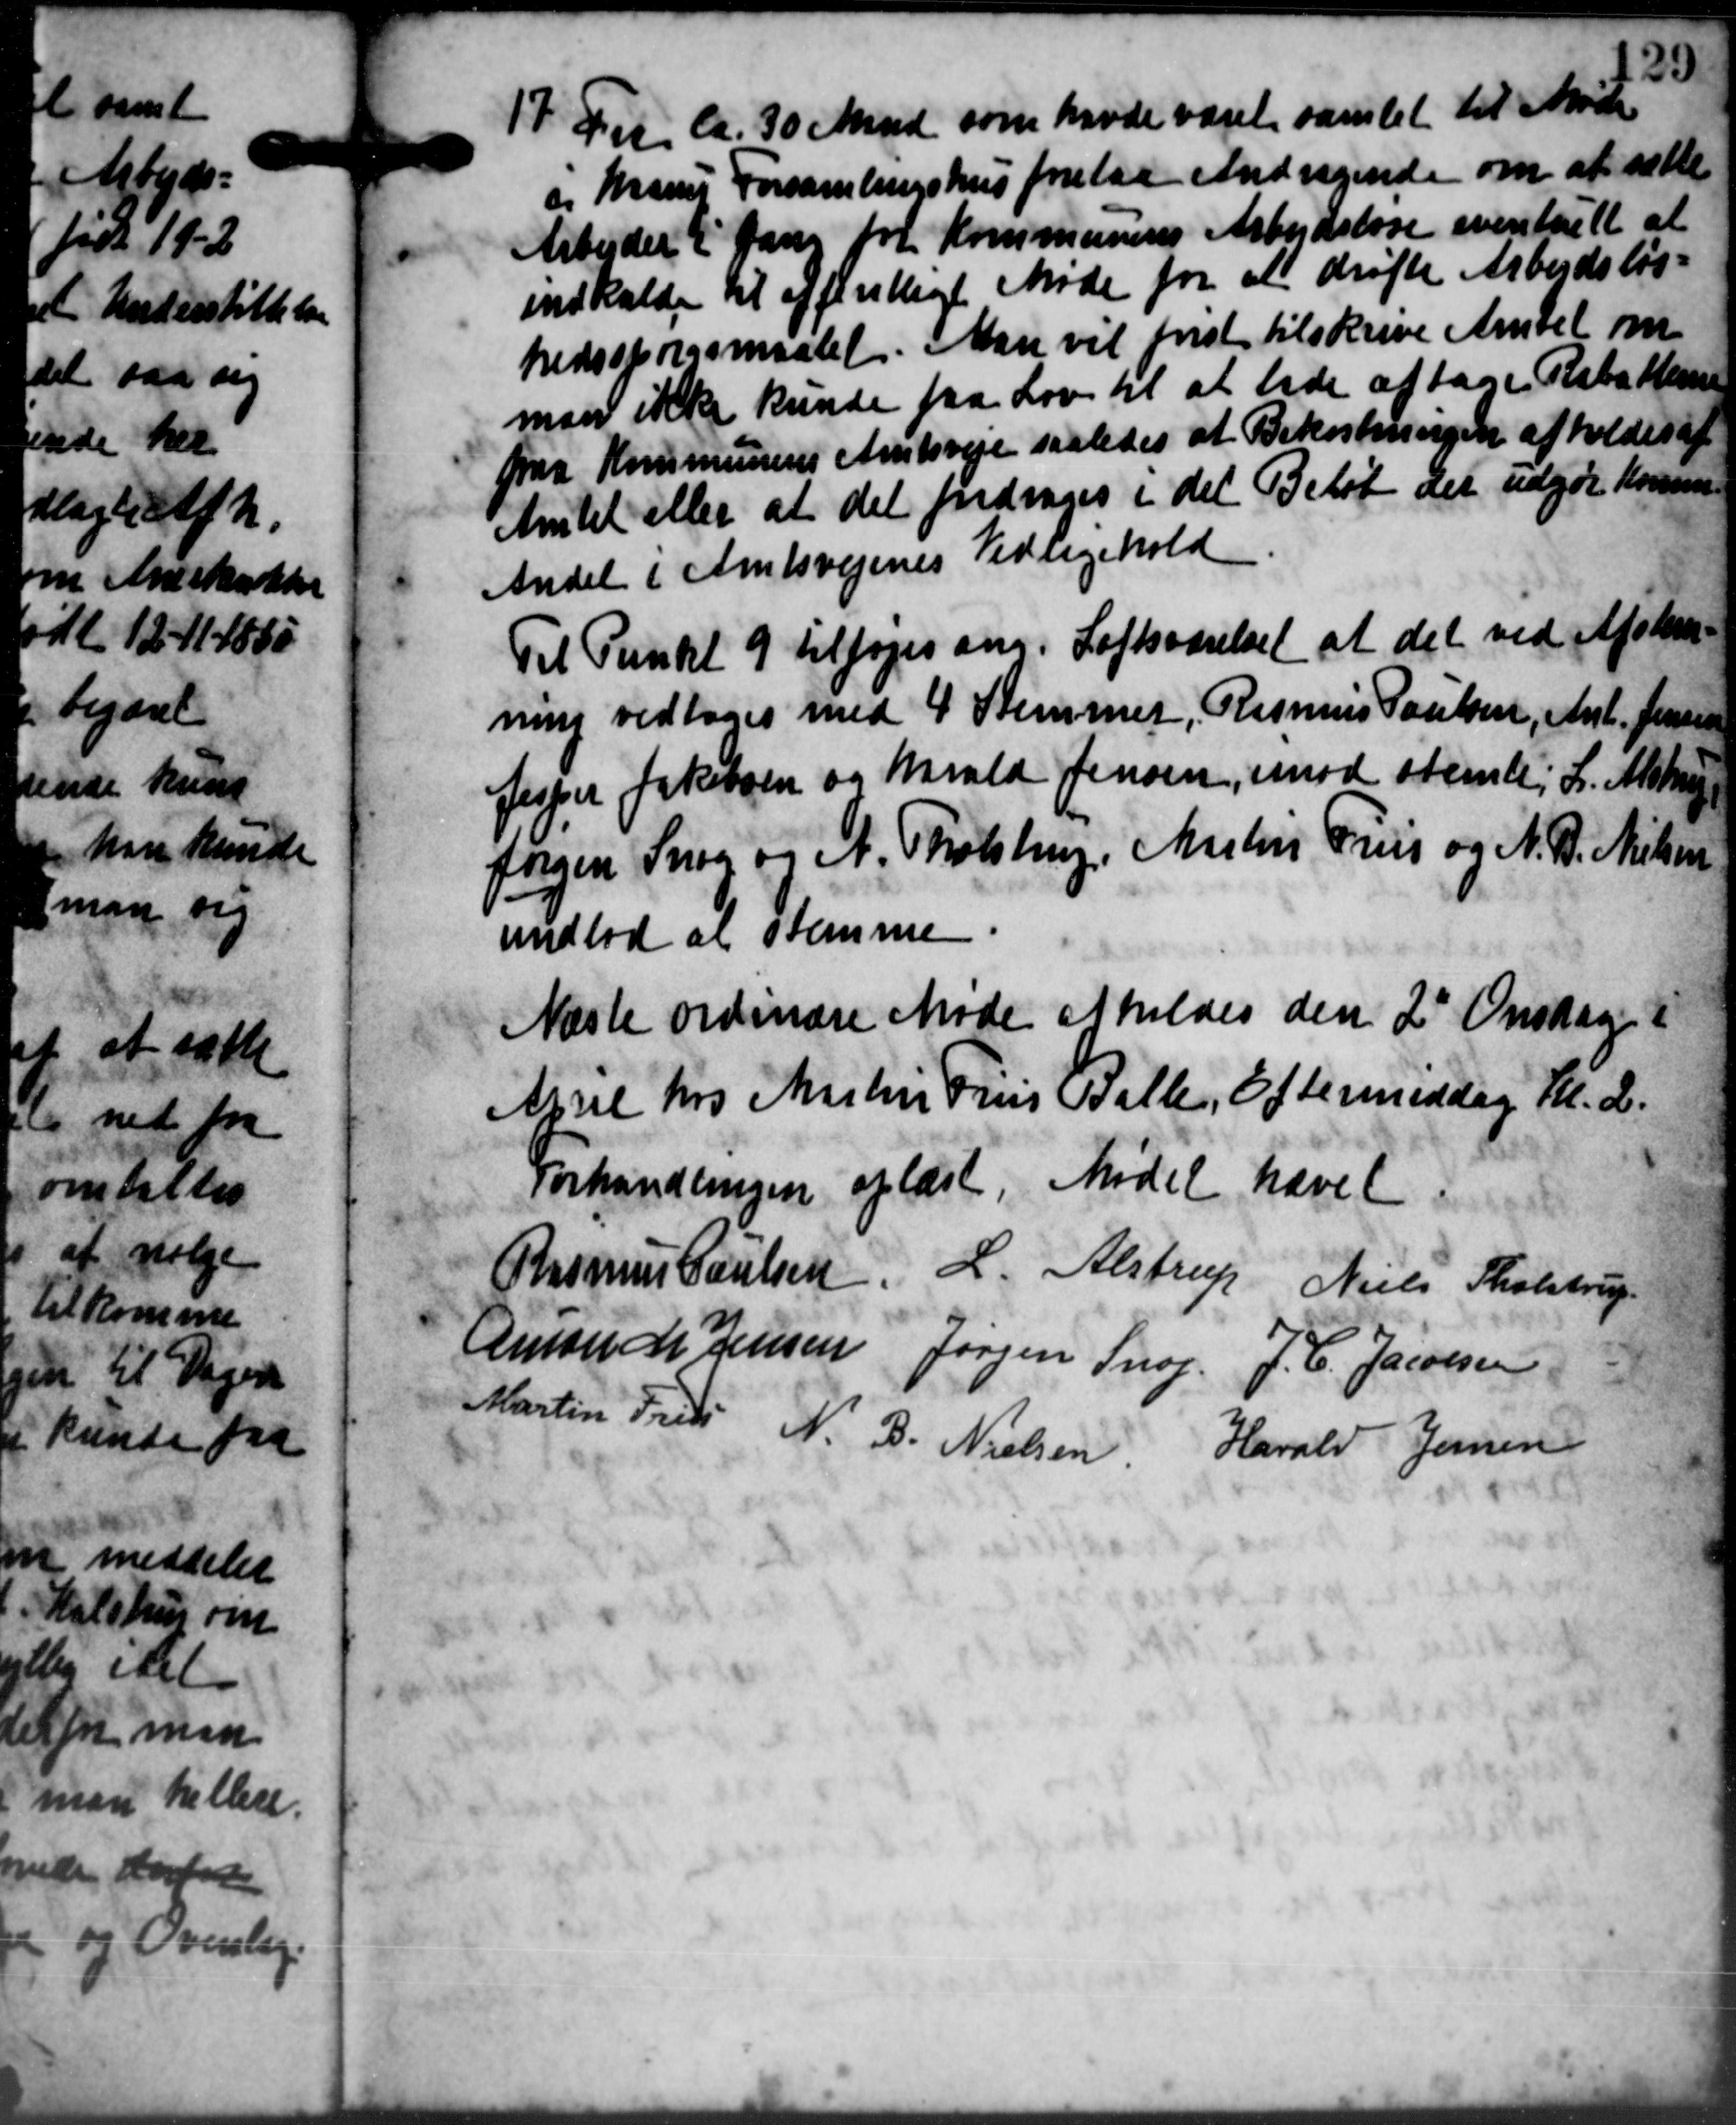
Transskription:
17 Det ca. 30 Mand som havde været samlet til Møde.
17 Det ca. 30 Mand som havde været samlet til Møde.
og hans Forsamlingshus forelaa Andragende om at sætte
Arbejdet i Dans for Kommunens Arbejdsløse eventuelt at
indkalde til offentlige Møde for at drøfte Arbejdsløs-
hedsspørgsmaalet. Man vil frist tilskrive Amtet om
man ikke kunde fra Lov til at lade aftage Rabatterne
paa Kommunens Amtsveje saaledes at Bekostningen afholdes af
Amtet eller at det fordrages i det Beløb der udgør Kommu
Andel i Amtsvejenes Vedligehold
Til Punkt 9 tilføjes ang. Loftsværelse at det ved Afskr
ning vedtoges med 4 Stemmer, Rasmus Poulsen, Ant. Jensen
Jesper Jakobsen og Navald Jensen, imod stemtes L. Alstrup
Jørgen Snog og A. Tholstrup, Martens Friis og N. P. Nielsen
undlod at stemme
Næste ordinære Møde afholdes den 2 Onsdag i
April hos Martin Friis Balle, Eftermiddag Kl. 2.
Forhandlingen oplæst. Mødet hævet
Rasmus Poulsen L. Alstrup Niels Tholstrup
Emon C. Jensen Jørgen Snog J. C. Jacobsen
Cartin Freds N. B. Nielsen Harald Jensen